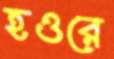
হওরে